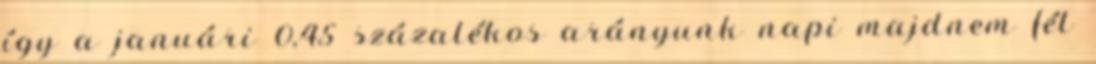
így a januári 0,45 százalékos arányunk napi majdnem fél